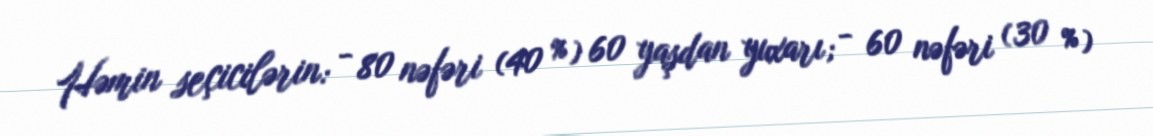
Həmin seçicilərin: - 80 nəfəri (40 %) 60 yaşdan yuxarı; - 60 nəfəri (30 %)